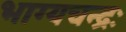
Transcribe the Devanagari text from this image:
भाग्यचन्द्रः